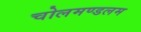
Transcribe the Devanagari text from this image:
चोलमण्डलम